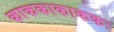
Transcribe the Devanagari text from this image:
काककाकाककः